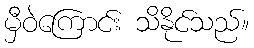
မှီဝဲကြောင်း သိနိုင်သည်။